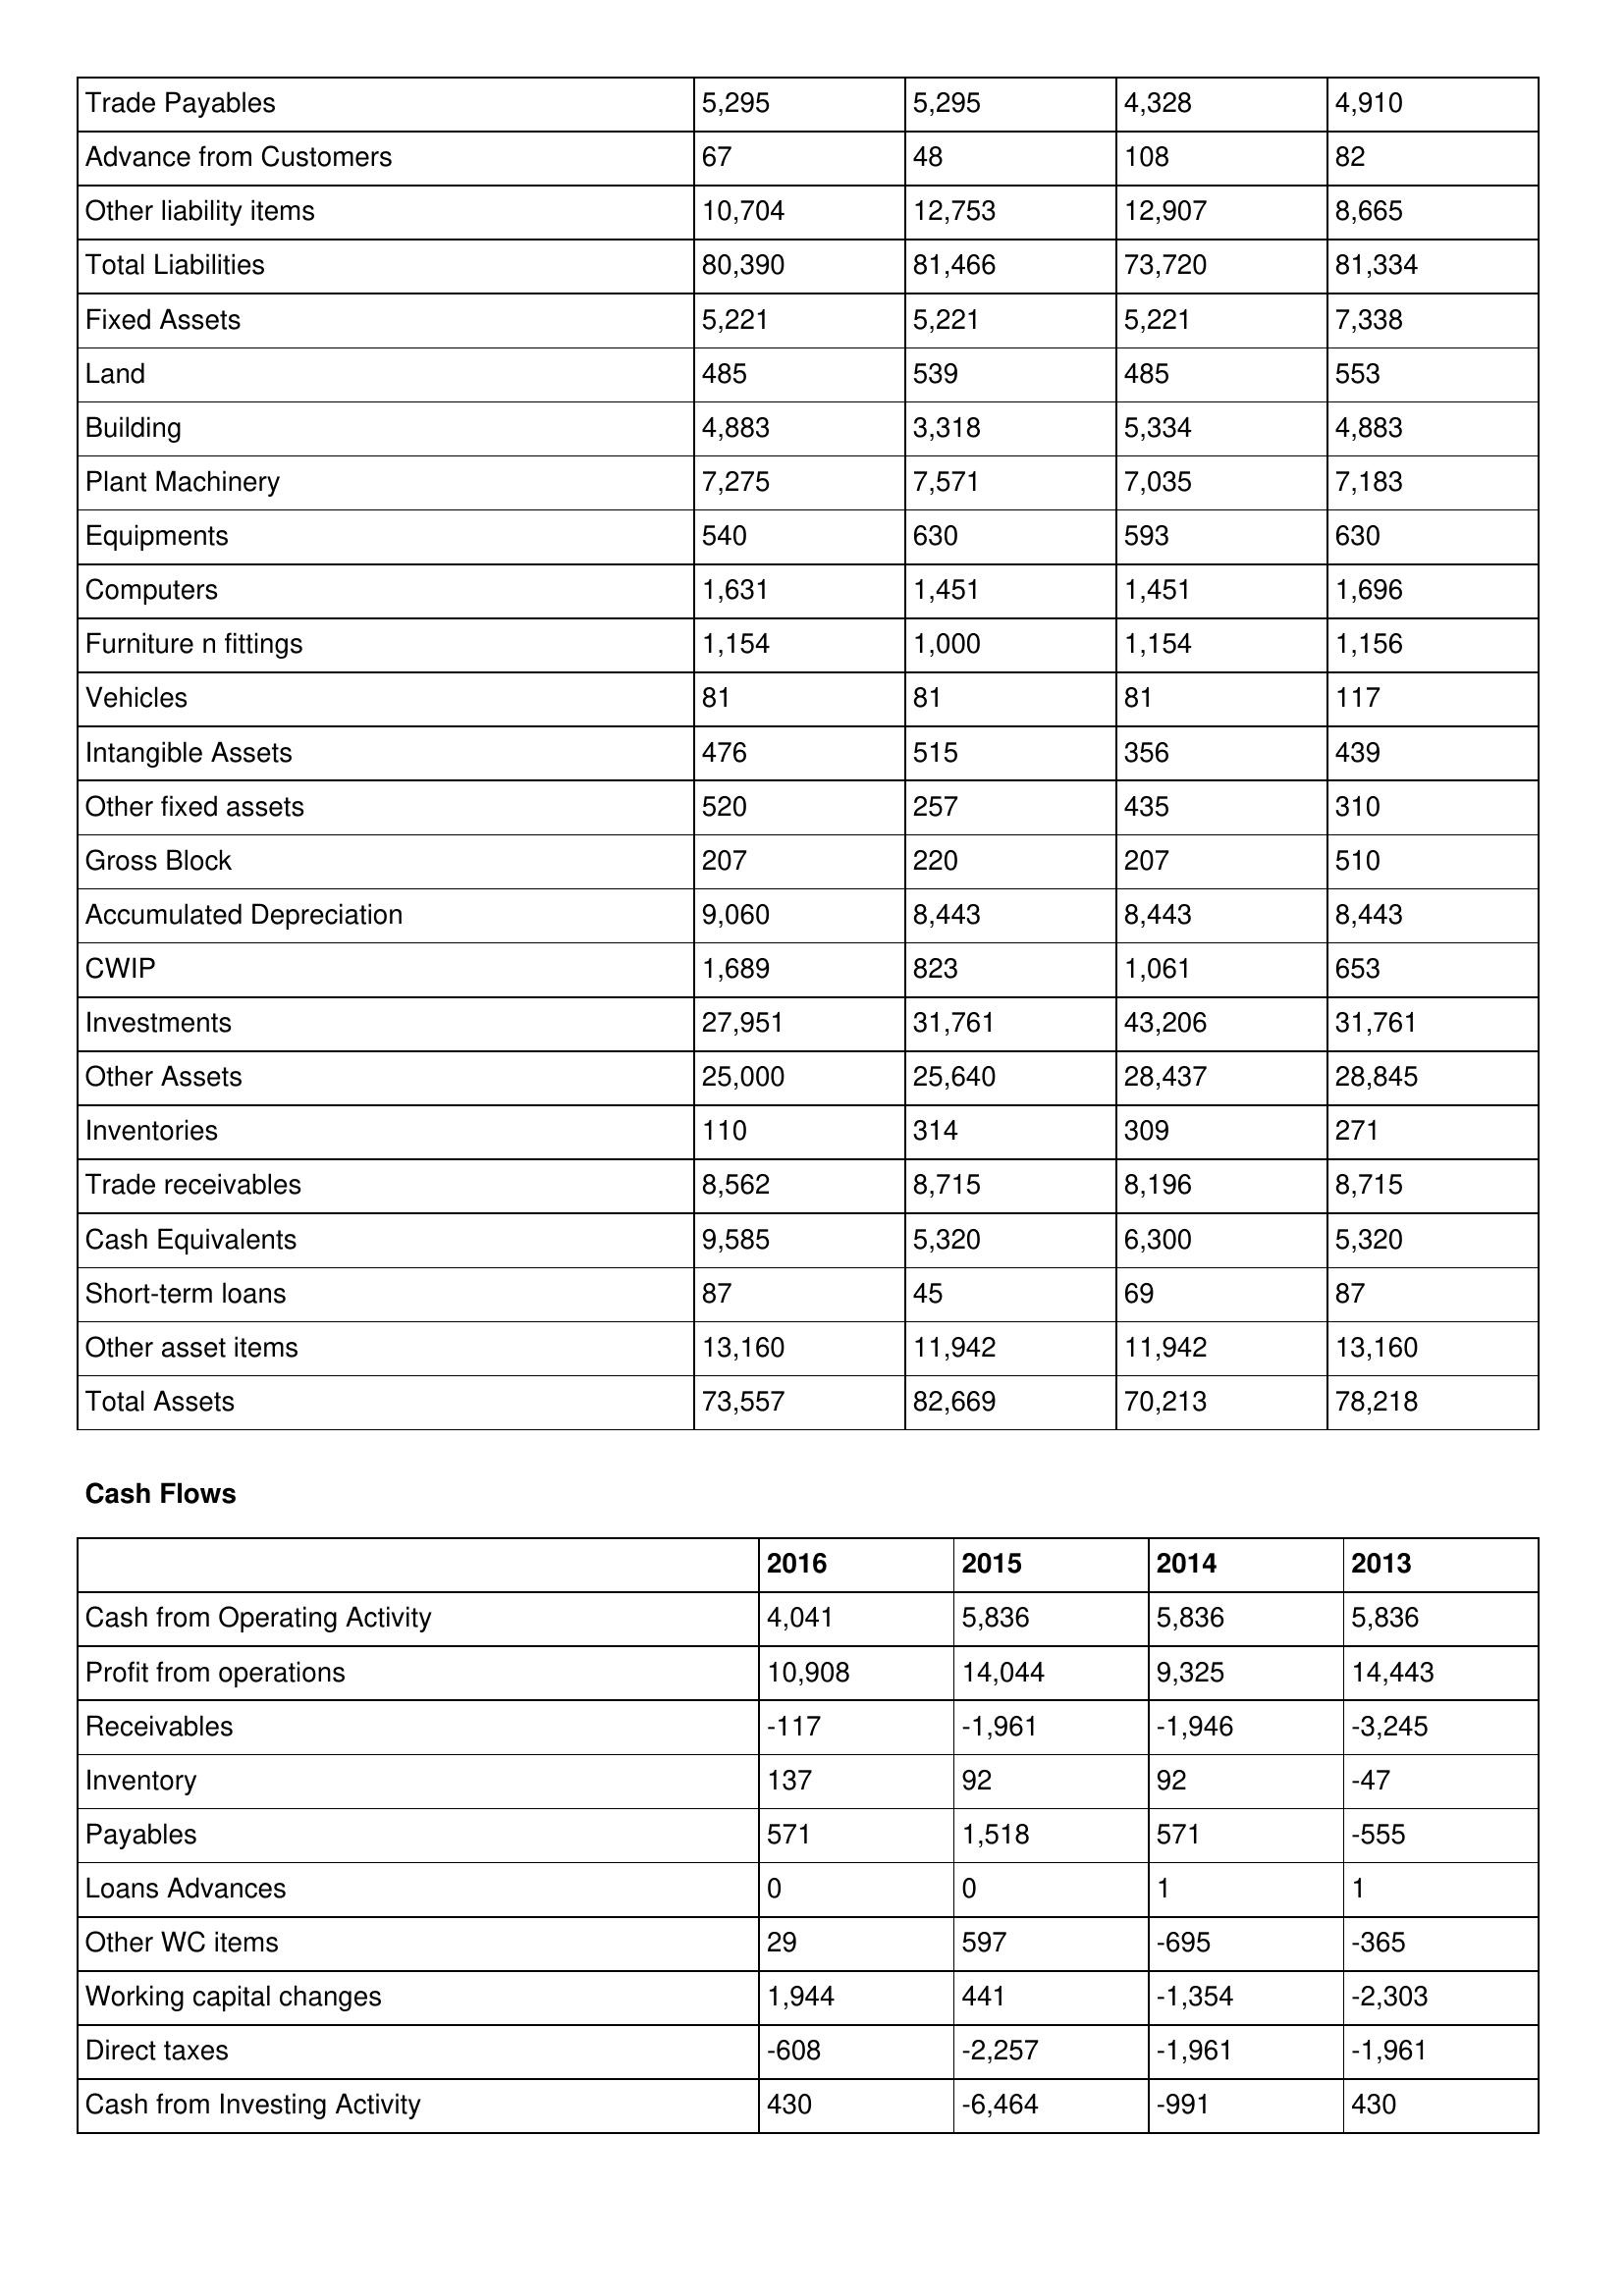
gt_parse: 2016: Balance Sheet: Trade Payables: 5,295
Advance from Customers: 67
Other liability items: 10,704
Total Liabilities: 80,390
Fixed Assets: 5,221
Land: 485
Building: 4,883
Plant Machinery: 7,275
Equipments: 540
Computers: 1,631
Furniture n fittings: 1,154
Vehicles: 81
Intangible Assets: 476
Other fixed assets: 520
Gross Block: 207
Accumulated Depreciation: 9,060
CWIP: 1,689
Investments: 27,951
Other Assets: 25,000
Inventories: 110
Trade receivables: 8,562
Cash Equivalents: 9,585
Short-term loans: 87
Other asset items: 13,160
Total Assets: 73,557
Cash Flows: Cash from Operating Activity: 4,041
Profit from operations: 10,908
Receivables: -117
Inventory: 137
Payables: 571
Loans Advances: 0
Other WC items: 29
Working capital changes: 1,944
Direct taxes: -608
Cash from Investing Activity: 430
2015: Balance Sheet: Trade Payables: 5,295
Advance from Customers: 48
Other liability items: 12,753
Total Liabilities: 81,466
Fixed Assets: 5,221
Land: 539
Building: 3,318
Plant Machinery: 7,571
Equipments: 630
Computers: 1,451
Furniture n fittings: 1,000
Vehicles: 81
Intangible Assets: 515
Other fixed assets: 257
Gross Block: 220
Accumulated Depreciation: 8,443
CWIP: 823
Investments: 31,761
Other Assets: 25,640
Inventories: 314
Trade receivables: 8,715
Cash Equivalents: 5,320
Short-term loans: 45
Other asset items: 11,942
Total Assets: 82,669
Cash Flows: Cash from Operating Activity: 5,836
Profit from operations: 14,044
Receivables: -1,961
Inventory: 92
Payables: 1,518
Loans Advances: 0
Other WC items: 597
Working capital changes: 441
Direct taxes: -2,257
Cash from Investing Activity: -6,464
2014: Balance Sheet: Trade Payables: 4,328
Advance from Customers: 108
Other liability items: 12,907
Total Liabilities: 73,720
Fixed Assets: 5,221
Land: 485
Building: 5,334
Plant Machinery: 7,035
Equipments: 593
Computers: 1,451
Furniture n fittings: 1,154
Vehicles: 81
Intangible Assets: 356
Other fixed assets: 435
Gross Block: 207
Accumulated Depreciation: 8,443
CWIP: 1,061
Investments: 43,206
Other Assets: 28,437
Inventories: 309
Trade receivables: 8,196
Cash Equivalents: 6,300
Short-term loans: 69
Other asset items: 11,942
Total Assets: 70,213
Cash Flows: Cash from Operating Activity: 5,836
Profit from operations: 9,325
Receivables: -1,946
Inventory: 92
Payables: 571
Loans Advances: 1
Other WC items: -695
Working capital changes: -1,354
Direct taxes: -1,961
Cash from Investing Activity: -991
2013: Balance Sheet: Trade Payables: 4,910
Advance from Customers: 82
Other liability items: 8,665
Total Liabilities: 81,334
Fixed Assets: 7,338
Land: 553
Building: 4,883
Plant Machinery: 7,183
Equipments: 630
Computers: 1,696
Furniture n fittings: 1,156
Vehicles: 117
Intangible Assets: 439
Other fixed assets: 310
Gross Block: 510
Accumulated Depreciation: 8,443
CWIP: 653
Investments: 31,761
Other Assets: 28,845
Inventories: 271
Trade receivables: 8,715
Cash Equivalents: 5,320
Short-term loans: 87
Other asset items: 13,160
Total Assets: 78,218
Cash Flows: Cash from Operating Activity: 5,836
Profit from operations: 14,443
Receivables: -3,245
Inventory: -47
Payables: -555
Loans Advances: 1
Other WC items: -365
Working capital changes: -2,303
Direct taxes: -1,961
Cash from Investing Activity: 430